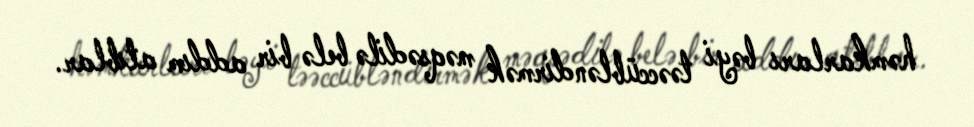
həmkarları bəyi təəccübləndirmək məqsədilə belə bir addım atıblar.